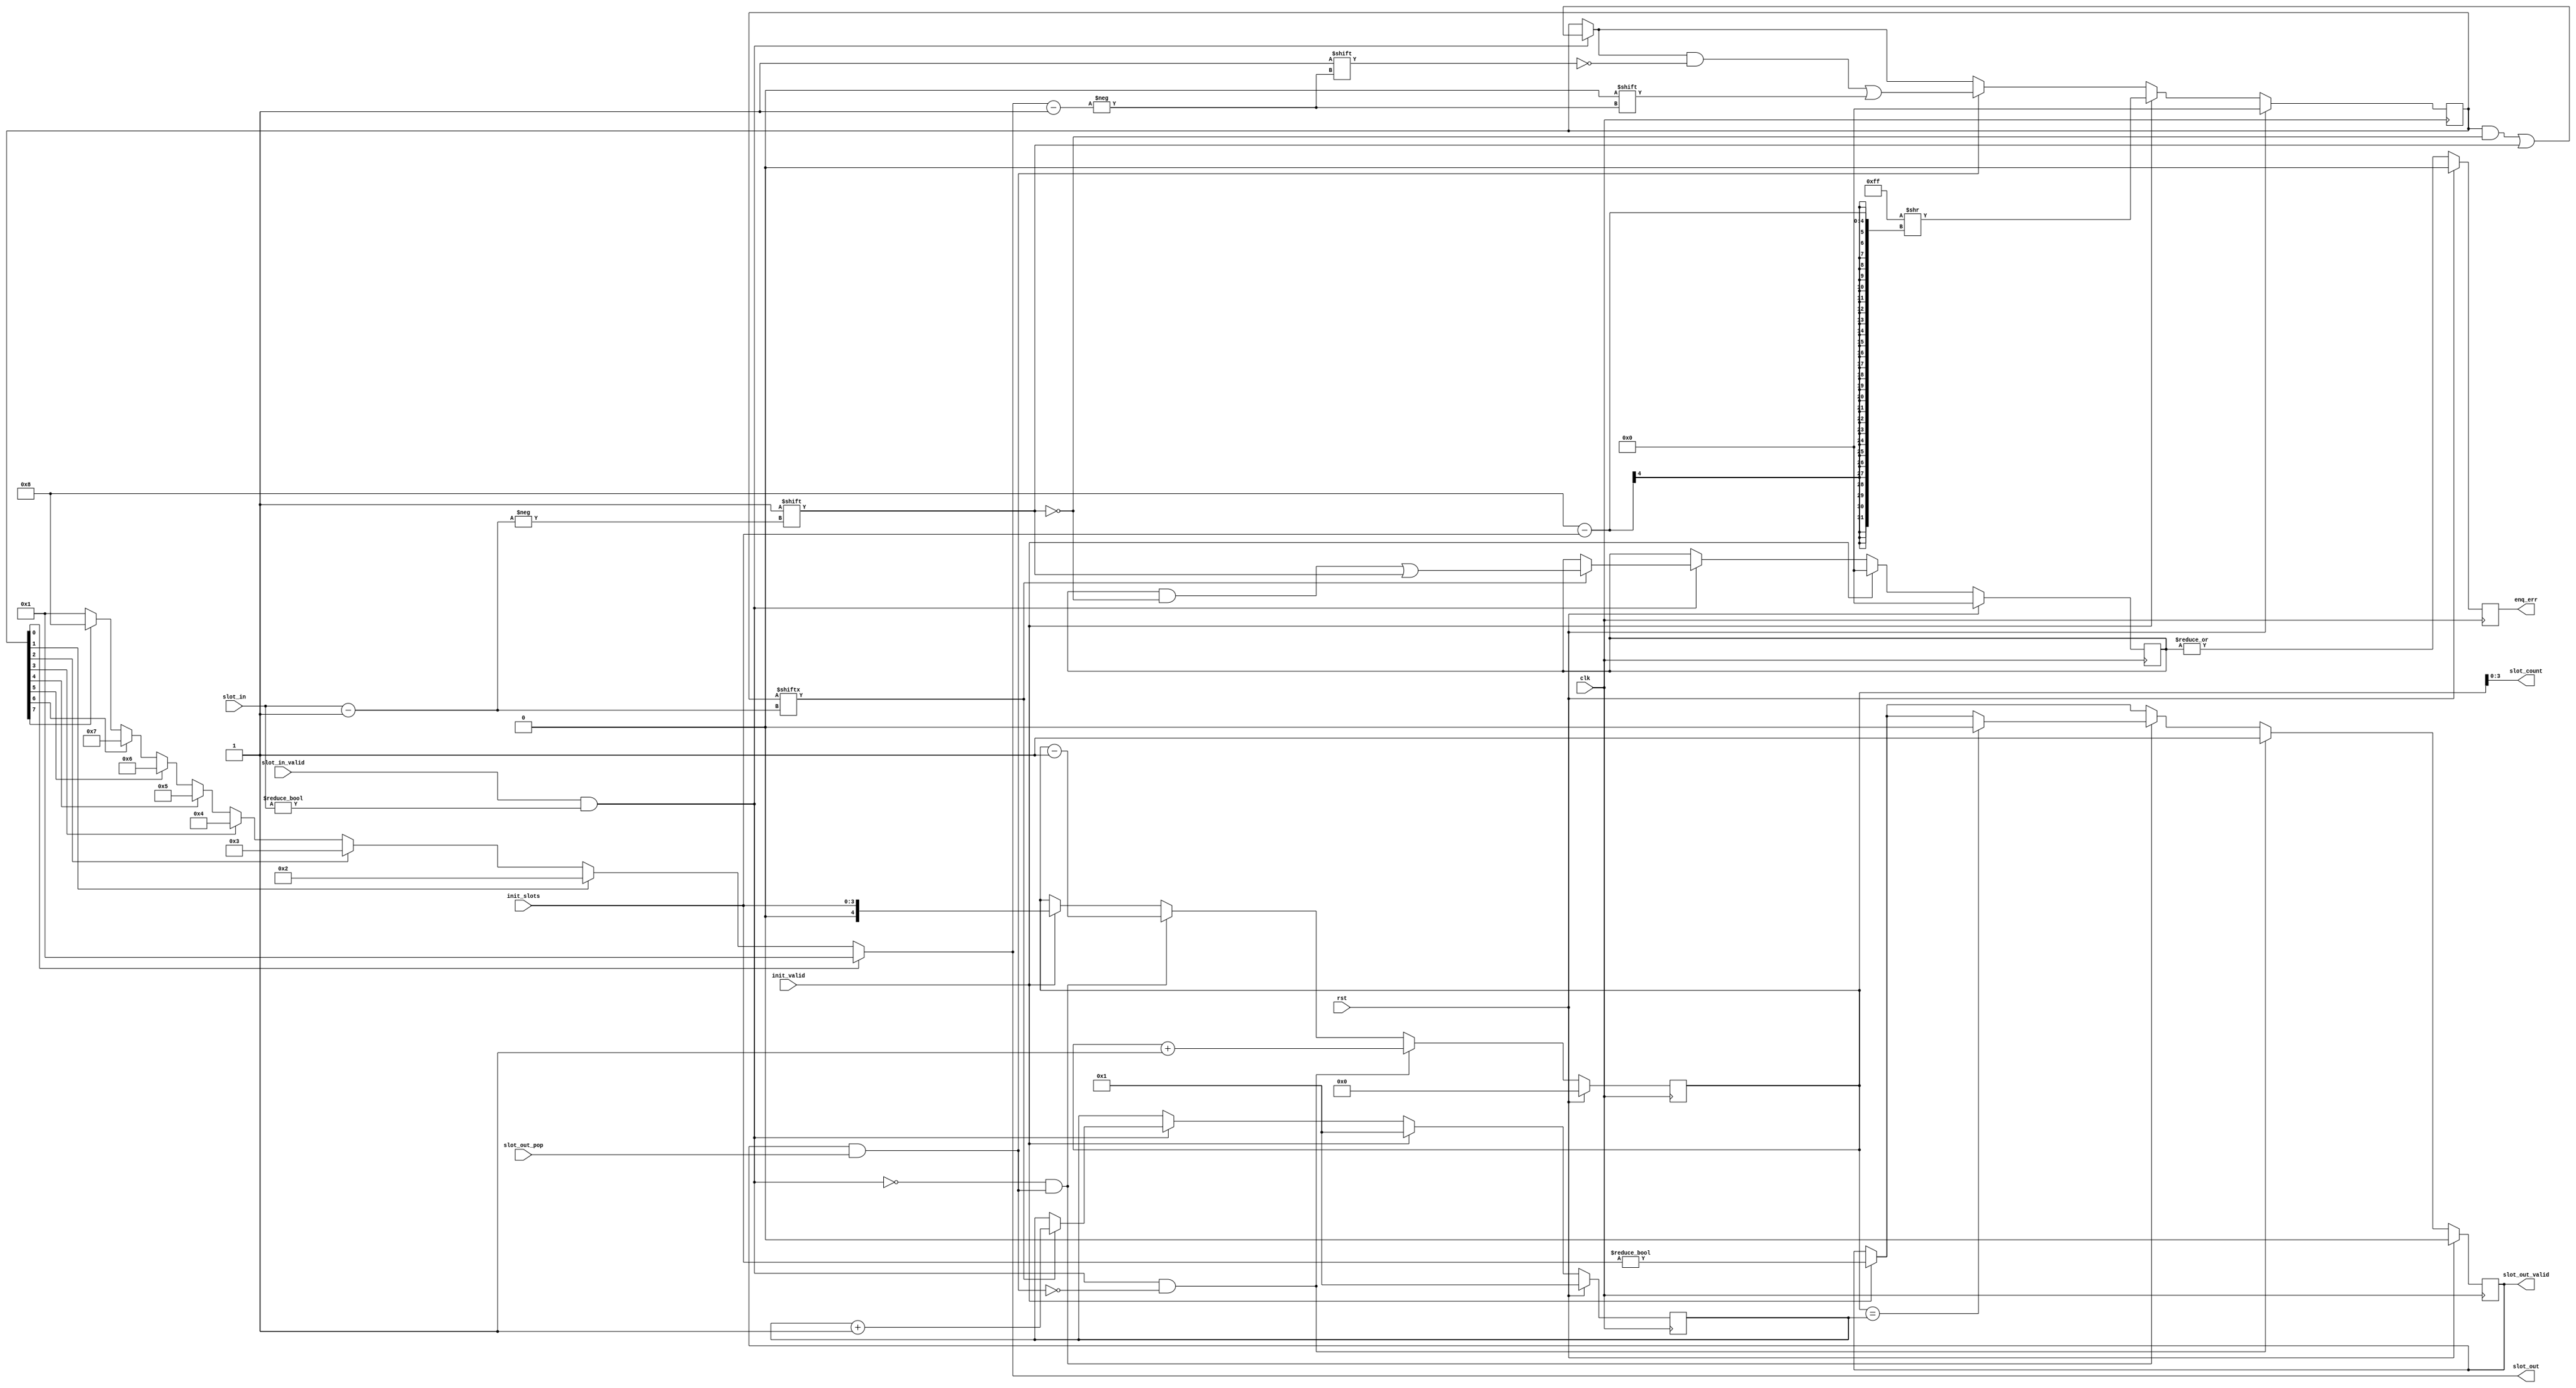
/*

Copyright (c) 2019-2021 Moein Khazraee

Permission is hereby granted, free of charge, to any person obtaining a copy
of this software and associated documentation files (the "Software"), to deal
in the Software without restriction, including without limitation the rights
to use, copy, modify, merge, publish, distribute, sublicense, and/or sell
copies of the Software, and to permit persons to whom the Software is
furnished to do so, subject to the following conditions:

The above copyright notice and this permission notice shall be included in
all copies or substantial portions of the Software.

THE SOFTWARE IS PROVIDED "AS IS", WITHOUT WARRANTY OF ANY KIND, EXPRESS OR
IMPLIED, INCLUDING BUT NOT LIMITED TO THE WARRANTIES OF MERCHANTABILITY
FITNESS FOR A PARTICULAR PURPOSE AND NONINFRINGEMENT. IN NO EVENT SHALL THE
AUTHORS OR COPYRIGHT HOLDERS BE LIABLE FOR ANY CLAIM, DAMAGES OR OTHER
LIABILITY, WHETHER IN AN ACTION OF CONTRACT, TORT OR OTHERWISE, ARISING FROM,
OUT OF OR IN CONNECTION WITH THE SOFTWARE OR THE USE OR OTHER DEALINGS IN
THE SOFTWARE.

*/

// Language: Verilog 2001

`resetall
`timescale 1ns / 1ps
`default_nettype none

module slot_keeper # (
  parameter SLOT_COUNT = 8,
  parameter SLOT_WIDTH = $clog2(SLOT_COUNT+1)
)(
  input  wire                  clk,
  input  wire                  rst,

  input  wire [SLOT_WIDTH-1:0] init_slots,
  input  wire                  init_valid,

  input  wire [SLOT_WIDTH-1:0] slot_in,
  input  wire                  slot_in_valid,

  output wire [SLOT_WIDTH-1:0] slot_out,
  output wire                  slot_out_valid,
  input  wire                  slot_out_pop,

  output wire [SLOT_WIDTH-1:0] slot_count,
  // enq_err is asserted 2 cycles later after the wrong slot enq
  output wire                  enq_err
);

  wire enque = slot_in_valid && (slot_in!=0);
  wire deque = slot_out_valid && slot_out_pop;

  reg [SLOT_COUNT:1]   occupied;
  reg [SLOT_WIDTH-1:0] selected_slot;

  integer i;
  always@(*) begin
    selected_slot = {{(SLOT_WIDTH-1){1'b0}},1'b1};
    for (i=SLOT_COUNT;i>=1;i=i-1)
      if (occupied[i])
        selected_slot = i;
  end

  reg [SLOT_COUNT:1] slot_err;
  //counts enq error to know when output is not valid
  reg [SLOT_WIDTH:0] last_valid_count;

  always @ (posedge clk) begin
    if (enque) begin
      if (occupied[slot_in]) begin
        slot_err[slot_in] <= 1'b1;
        last_valid_count  <= last_valid_count + {{(SLOT_WIDTH-1){1'b0}},1'b1};
      end
      occupied[slot_in] <= 1'b1;
    end

    if (deque)
       occupied[selected_slot] <= 1'b0;

    if (init_valid) begin
       occupied         <= ({SLOT_COUNT{1'b1}} >> (SLOT_COUNT-init_slots));
       slot_err         <= {SLOT_COUNT{1'b0}};
       last_valid_count <= {{(SLOT_WIDTH-1){1'b0}},1'b1};
    end

    if (rst) begin
       occupied         <= {SLOT_COUNT{1'b0}};
       slot_err         <= {SLOT_COUNT{1'b0}};
       last_valid_count <= {{(SLOT_WIDTH-1){1'b0}},1'b1};
    end
  end

  reg [SLOT_WIDTH:0] slot_count_r;
  reg                valid_r;
  always @ (posedge clk)
    if (rst) begin
      slot_count_r <= {SLOT_WIDTH{1'b0}};
      valid_r      <= 1'b0;
    end else begin
      if (init_valid) begin
        slot_count_r <= init_slots;
        valid_r      <= (init_slots!=0);
      end if (enque && !deque) begin
        slot_count_r <= slot_count_r + {{(SLOT_WIDTH-1){1'b0}},1'b1};
        valid_r      <= 1'b1;
      end else if (!enque && deque) begin
        slot_count_r <= slot_count_r - {{(SLOT_WIDTH-1){1'b0}},1'b1};
        if (slot_count_r == last_valid_count)
          valid_r <= 1'b0;
      end
    end

  reg enq_err_r;
  always @ (posedge clk)
    if (rst)
      enq_err_r <= 1'b0;
    else
      enq_err_r <= |slot_err;

  assign slot_out_valid = valid_r;
  assign slot_out       = selected_slot;
  assign enq_err        = enq_err_r;
  assign slot_count     = slot_count_r;

endmodule

`resetall